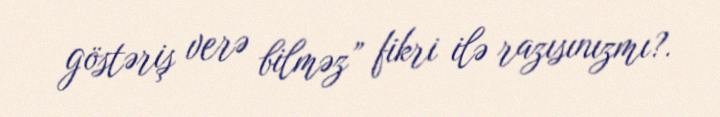
göstəriş verə bilməz” fikri ilə razısınızmı?.